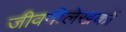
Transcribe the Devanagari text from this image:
जीवनीलेखकों